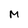
Character: M